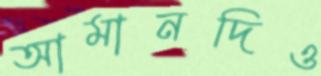
আমানদিও